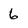
Character: 6